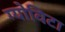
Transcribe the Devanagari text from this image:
ग्योविटा